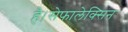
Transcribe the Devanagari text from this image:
है।सेफालेक्सिन